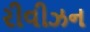
રીવીઝન